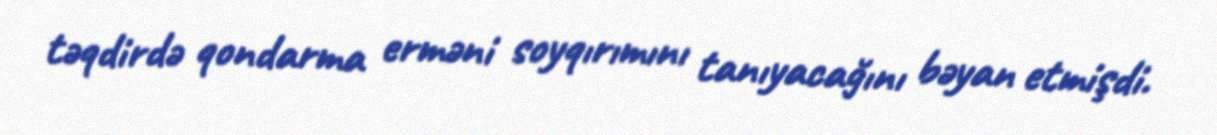
təqdirdə qondarma erməni soyqırımını tanıyacağını bəyan etmişdi.